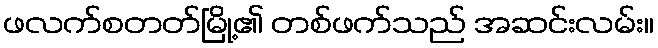
ဖလက်စတတ်မြို့၏ တစ်ဖက်သည် အဆင်းလမ်း။